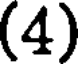
(4)